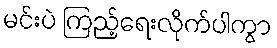
မင်းပဲ ကြည့်ရေးလိုက်ပါကွာ